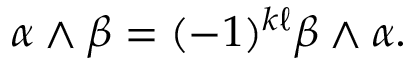
\alpha \wedge \beta = ( - 1 ) ^ { k \ell } \beta \wedge \alpha .